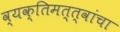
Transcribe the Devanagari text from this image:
व्यक्तिमत्त्वांचा